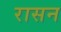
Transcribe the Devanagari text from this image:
रासन